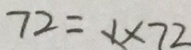
7 2 = 1 \times 7 2